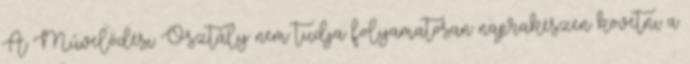
A Művelődési Osztály nem tudja folyamatosan naprakészen követni a